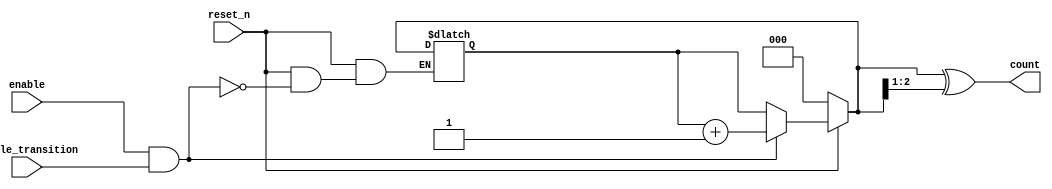
module gray_code_counter #(
    parameter N = 3 // Define the width of the counter
) (
    input wire reset_n, // Active low asynchronous reset
    input wire enable,   // Enable signal
    input wire enable_transition, // Input signal for counting transitions
    output reg [N-1:0] count // Current Gray code count output
);

    reg [N-1:0] binary_count; // Internal binary representation of the count

    // Gray code conversion function from binary
    function [N-1:0] binary_to_gray;
        input [N-1:0] binary;
        begin
            binary_to_gray = binary ^ (binary >> 1);
        end
    endfunction

    // Asynchronous reset and counting process
    always @* begin
        if (!reset_n) begin
            binary_count = 0; // Reset binary counter to 0
        end else if (enable && enable_transition) begin
            binary_count = binary_count + 1; // Increment binary counter
        end else begin
            binary_count = binary_count; // Hold the current value
        end
        
        // Convert binary count to Gray code
        count = binary_to_gray(binary_count);
    end

endmodule